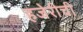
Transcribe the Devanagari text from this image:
हजेरीची